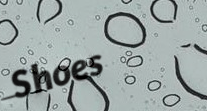
Shoes